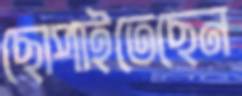
ছোপাইতেছেন